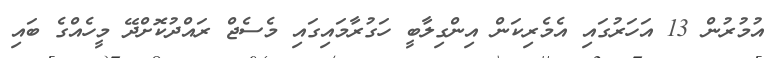
އުމުރުން 13 އަހަރުގައި އެމެރިކަން އިންގިލާބީ ހަގުރާމައިގައި މެސެޖް ރައްދުކޮށްދޭ މީހެއްގެ ބައި